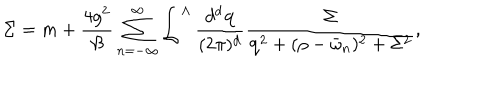
\Sigma = m + \frac { 4 g ^ { 2 } } { \beta } \sum _ { n = - \infty } ^ { \infty } \int ^ { \Lambda } \frac { d ^ { d } { \bf q } } { ( 2 \pi ) ^ { d } } \frac { \Sigma } { { \bf q } ^ { 2 } + ( \rho - \bar { \omega } _ { n } ) ^ { 2 } + \Sigma ^ { 2 } } ,